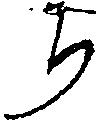
ち